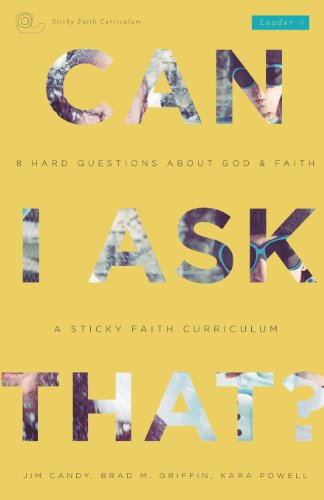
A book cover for Can I Ask That?: 8 Hard Questions about God & Faith [Sticky Faith Curriculum] Leader Guide; Jim Candy; Christian Books & Bibles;